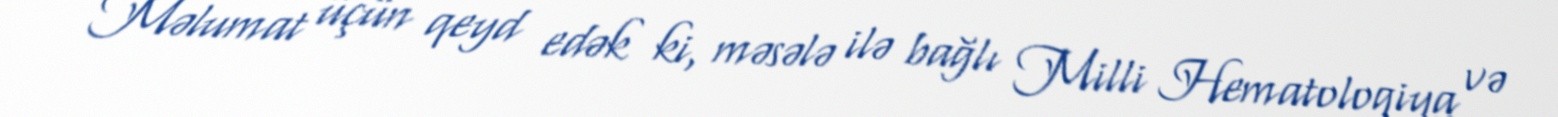
Məlumat üçün qeyd edək ki, məsələ ilə bağlı Milli Hematologiya və